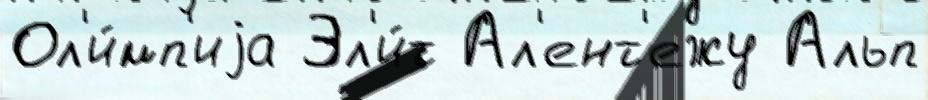
Ол'и́мп'иjа Эл'и́т Ал'ент'ежу Альп